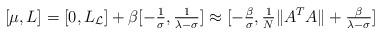
LaTeX: \begin{align*} \begin{aligned} \relax [\mu,L] = [0, L_{\mathcal{L}}] + \beta[-\tfrac{1}{\sigma}, \tfrac{1}{\lambda - \sigma}] \approx [-\tfrac{\beta}{\sigma}, \tfrac{1}{N} \|A^T A\| + \tfrac{\beta}{\lambda - \sigma}] \end{aligned}\end{align*}